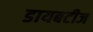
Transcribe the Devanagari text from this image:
डायबटीज